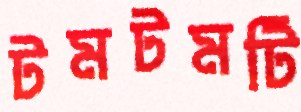
টমটমটি